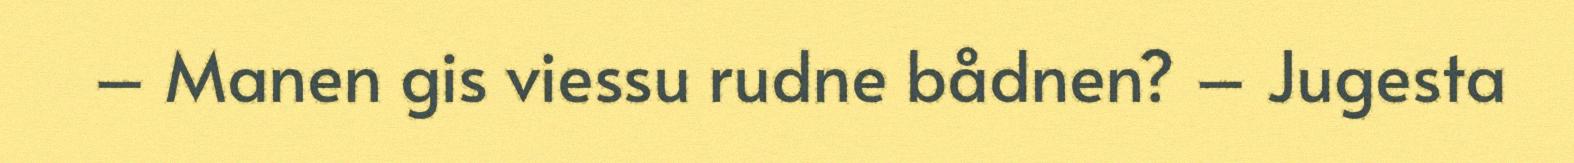
– Manen gis viessu rudne bådnen? – Jugesta